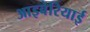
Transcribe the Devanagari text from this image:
आइबेरियाई